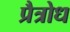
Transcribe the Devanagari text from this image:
प्रैत्रोध